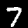
Label: 7